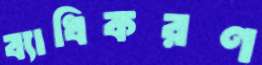
ব্যাধিকরণ